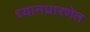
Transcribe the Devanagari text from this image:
ध्यानधारणेत